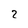
Character: 2